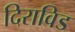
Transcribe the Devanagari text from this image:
दिराविड